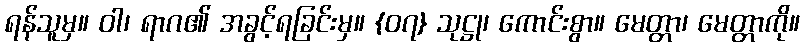
ရန်သူမှ။ ဝါ၊ ရာဂ၏ အခွင့်ရခြင်းမှ။ {၀၇} သုဋ္ဌု၊ ကောင်းစွာ။ မေတ္တာ၊ မေတ္တာကို။